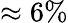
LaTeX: \approx 6\%